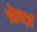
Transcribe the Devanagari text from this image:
ओनर्ज़